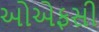
ઓએફસી